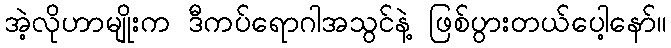
အဲ့လိုဟာမျိုးက ဒီကပ်ရောဂါအသွင်နဲ့ ဖြစ်ပွားတယ်ပေါ့နော်။